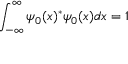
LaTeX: \int _ { - \infty } ^ { \infty } \psi _ { 0 } ( x ) ^ { * } \psi _ { 0 } ( x ) d x = 1